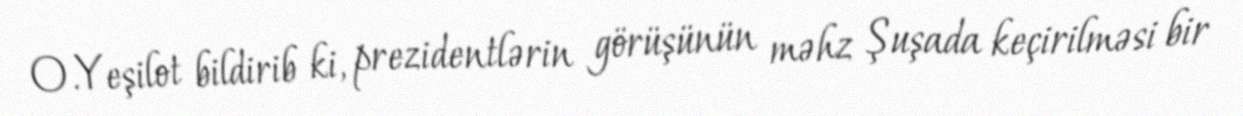
O.Yeşilot bildirib ki, prezidentlərin görüşünün məhz Şuşada keçirilməsi bir